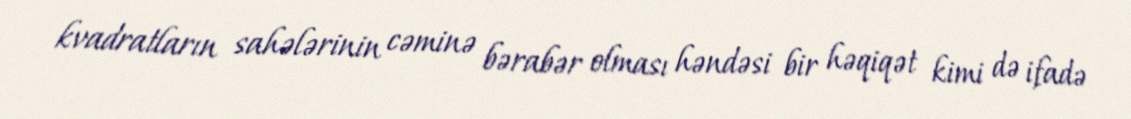
kvadratların sahələrinin cəminə bərabər olması həndəsi bir həqiqət kimi də ifadə